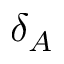
\delta _ { A }